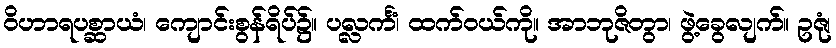
ဝိဟာရပစ္ဆာယံ၊ ကျောင်းစွန်ရိပ်၌။ ပလ္လင်္ကံ၊ ထက်ဝယ်ကို။ အာဘုဇိတွာ၊ ဖွဲ့ခွေလျက်။ ဥဇုံ၊